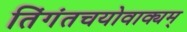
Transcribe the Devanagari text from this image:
तिंगंतचयोवाक्यम्